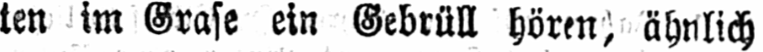
ten im Grase ein Gebrüll hören, ähnlich